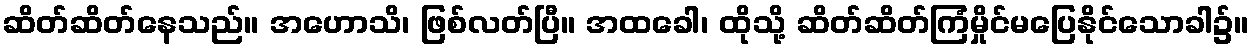
ဆိတ်ဆိတ်နေသည်။ အဟောသိ၊ ဖြစ်လတ်ပြီ။ အထခေါ၊ ထိုသို့ ဆိတ်ဆိတ်ကြံမှိုင်မပြေနိုင်သောခါ၌။